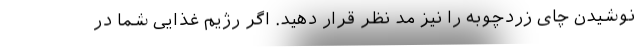
نوشیدن چای زردچوبه را نیز مد نظر قرار دهید. اگر رژیم غذایی شما در